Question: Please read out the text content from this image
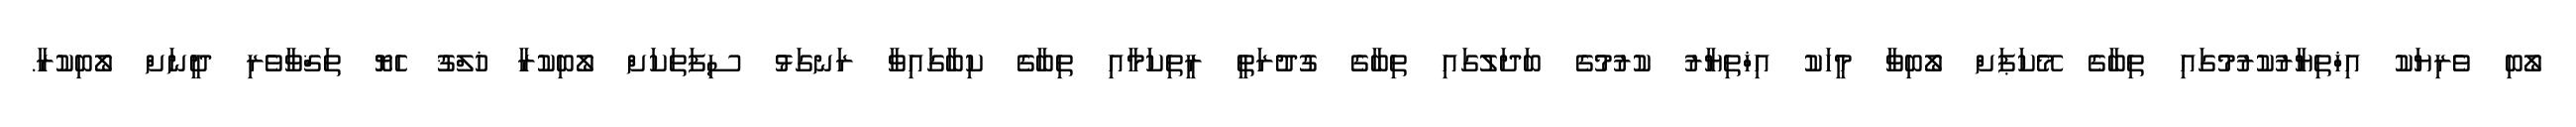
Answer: ލޯބި ވެރިޔަކު އިޚްތިޔާރުކުރުމުގައި ތިބާގެ މޭކަޕަށް ލޯބިވާ މީހަކު އިޚްތިޔާރު ކުރުމުގެ ބަދަލުގައި ތިބާގެ ގުދުރަތީ ރީތިކަމާއި ތިބާގެ ކިބާގައިވާ ރަނގަޅު ސިފަތަކަށް ލޯބިކުރާ ޚުލްޤު ހެޔޮ ތަޤްވާވެރި ދީނަށް ލޯބިކުރާ.